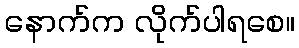
နောက်က လိုက်ပါရစေ။